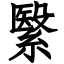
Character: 繄